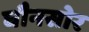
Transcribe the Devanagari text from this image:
घौनसोर